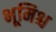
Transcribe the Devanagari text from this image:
भूमिश्च